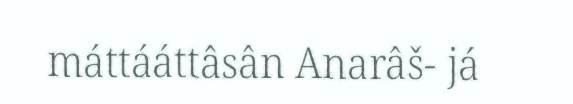
máttááttâsân Anarâš- já